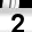
Digit: 2